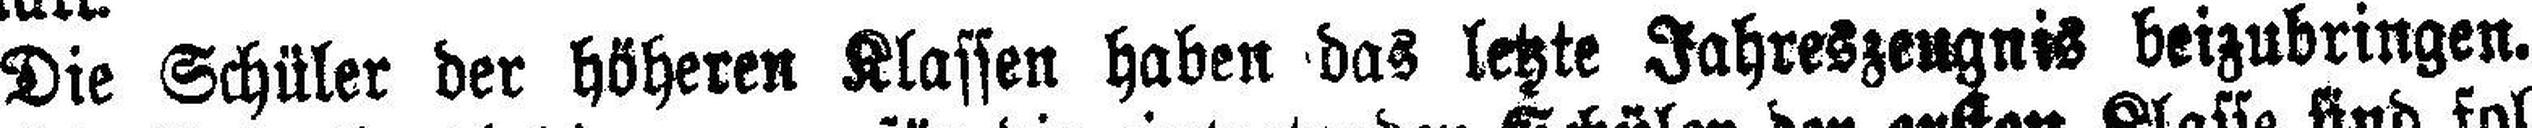
Die Schüler der höheren Klassen haben das letzte Jahreszeugnis beizubringen.